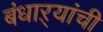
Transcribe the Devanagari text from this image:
बंधाऱ्यांची